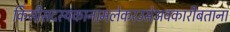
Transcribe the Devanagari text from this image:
किसीसदस्यकानामलेकरउसेअवकारीबताना